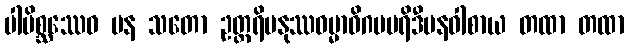
ပါပိစ္ဆဿေဝ ပန သတော ဥတ္တရိမနုဿဓမ္မာဓိဂမပရိဒီပနဝါစာယ တထာ တထာ